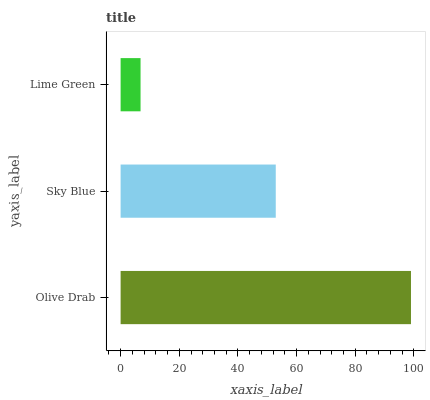
| yaxis_label | bars |
 | --- | --- |
 | Olive Drab | 99 |
 | Sky Blue | 52.9 |
 | Lime Green | 6.8 |